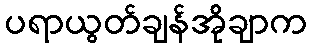
ပရာယွတ်ချန်အိုချာက